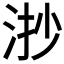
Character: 𣴷